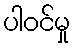
ပါဝင်မှု